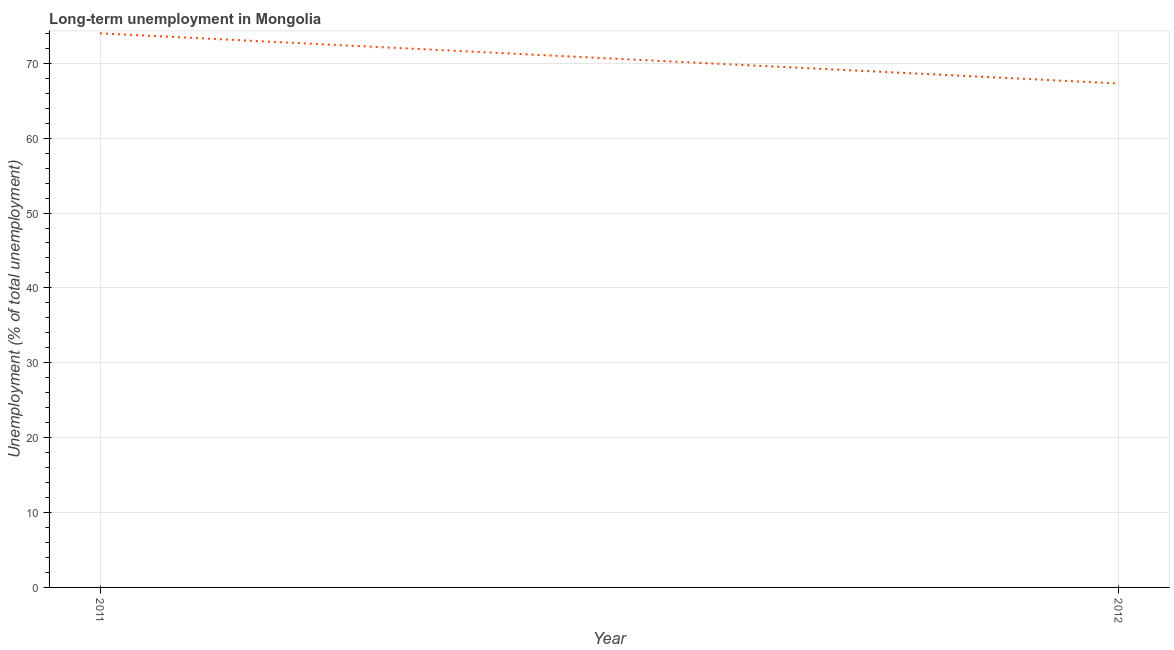
| Year | Long-term unemployment  |
 | --- | --- |
 | 2011 | 74 |
 | 2012 | 67.3 |